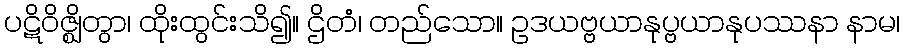
ပဋိဝိဇ္ဈိတွာ၊ ထိုးထွင်းသိ၍။ ဌိတံ၊ တည်သော။ ဥဒယဗ္ဗယာနုပ္ဗယာနုပဿနာ နာမ၊